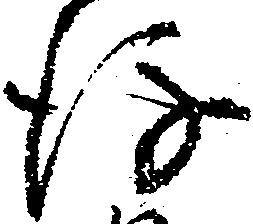
後